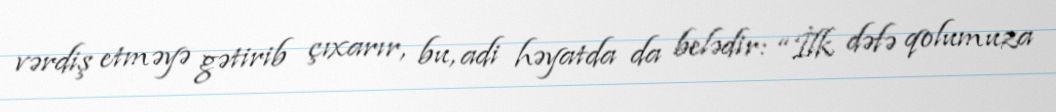
vərdiş etməyə gətirib çıxarır, bu, adi həyatda da belədir: “İlk dəfə qolumuza